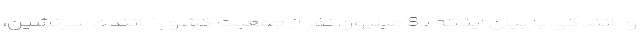
و رانندگی با بیان اینکه 85 میلیون نفر از جمعیت کشور (راننده، سرنشین،